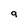
Character: 9